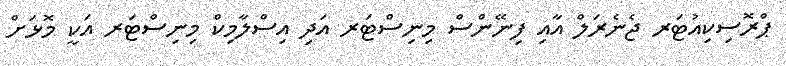
ޕްރޮސިކިއުޓަރ ޖެނެރަލް އާއި ފިނޭންސް މިނިސްޓަރ އަދި އިސްލާމިކް މިނިސްޓަރ އަކީ މޮޅަށް